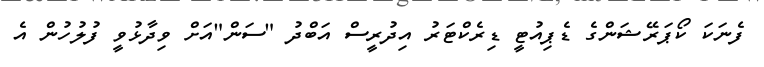
ފެނަކަ ކޯޕަރޭޝަންގެ ޑެޕިއުޓީ ޑިރެކްޓަރު އިދުރީސް އަބްދު "ސަން"އަށް ވިދާޅުވީ ފުލުހުން އެ